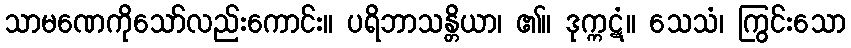
သာမဏေကိုသော်လည်းကောင်း။ ပရိဘာသန္တိယာ၊ ၏။ ဒုက္ကဋံ။ သေသံ၊ ကြွင်းသော